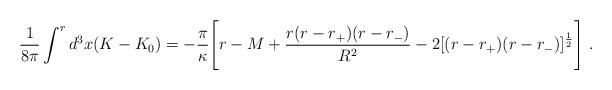
LaTeX: \begin{align*}\frac{1}{8 \pi} \int^{r} d^{3}x (K - K_{0}) =-\frac{\pi}{\kappa}\Biggl[ r - M + \frac{r(r-r_+)(r-r_-)}{R^2} - 2[(r-r_+)(r-r_-)]^{\frac{1}{2}}\Biggr] \ .\end{align*}